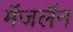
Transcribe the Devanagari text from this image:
मॅजलॅन